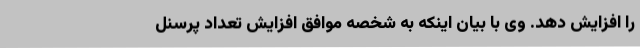
را افزایش دهد. وی با بیان اینکه به شخصه موافق افزایش تعداد پرسنل